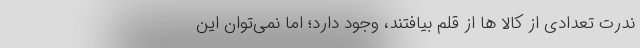
ندرت تعدادی از کالا ها از قلم بیافتند، وجود دارد؛ اما نمی‌توان این